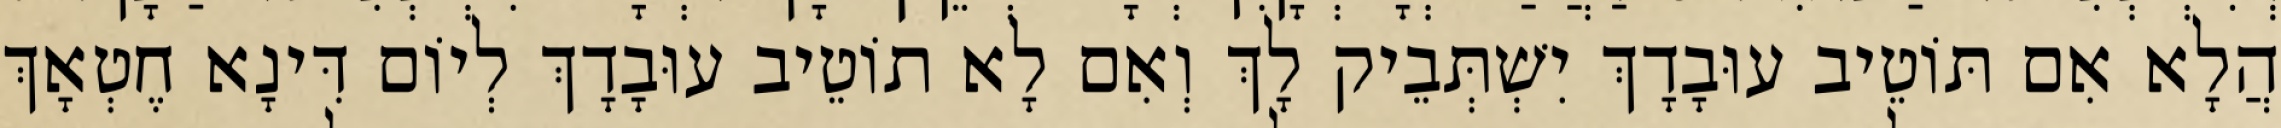
הֲלָא אִם תּוֹטֵיב עוּבָדָךְ יִשְׁתְּבֵיק לָךְ וְאִם לָא תוֹטֵיב עוּבָדָךְ לְיוֹם דִּינָא חֶטְאָךְ